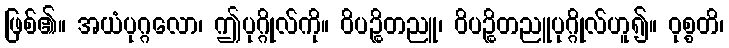
ဖြစ်၏။ အယံပုဂ္ဂလော၊ ဤပုဂ္ဂိုလ်ကို။ ဝိပဉ္စိတညူ၊ ဝိပဉ္စိတညူပုဂ္ဂိုလ်ဟူ၍။ ဝုစ္စတိ၊